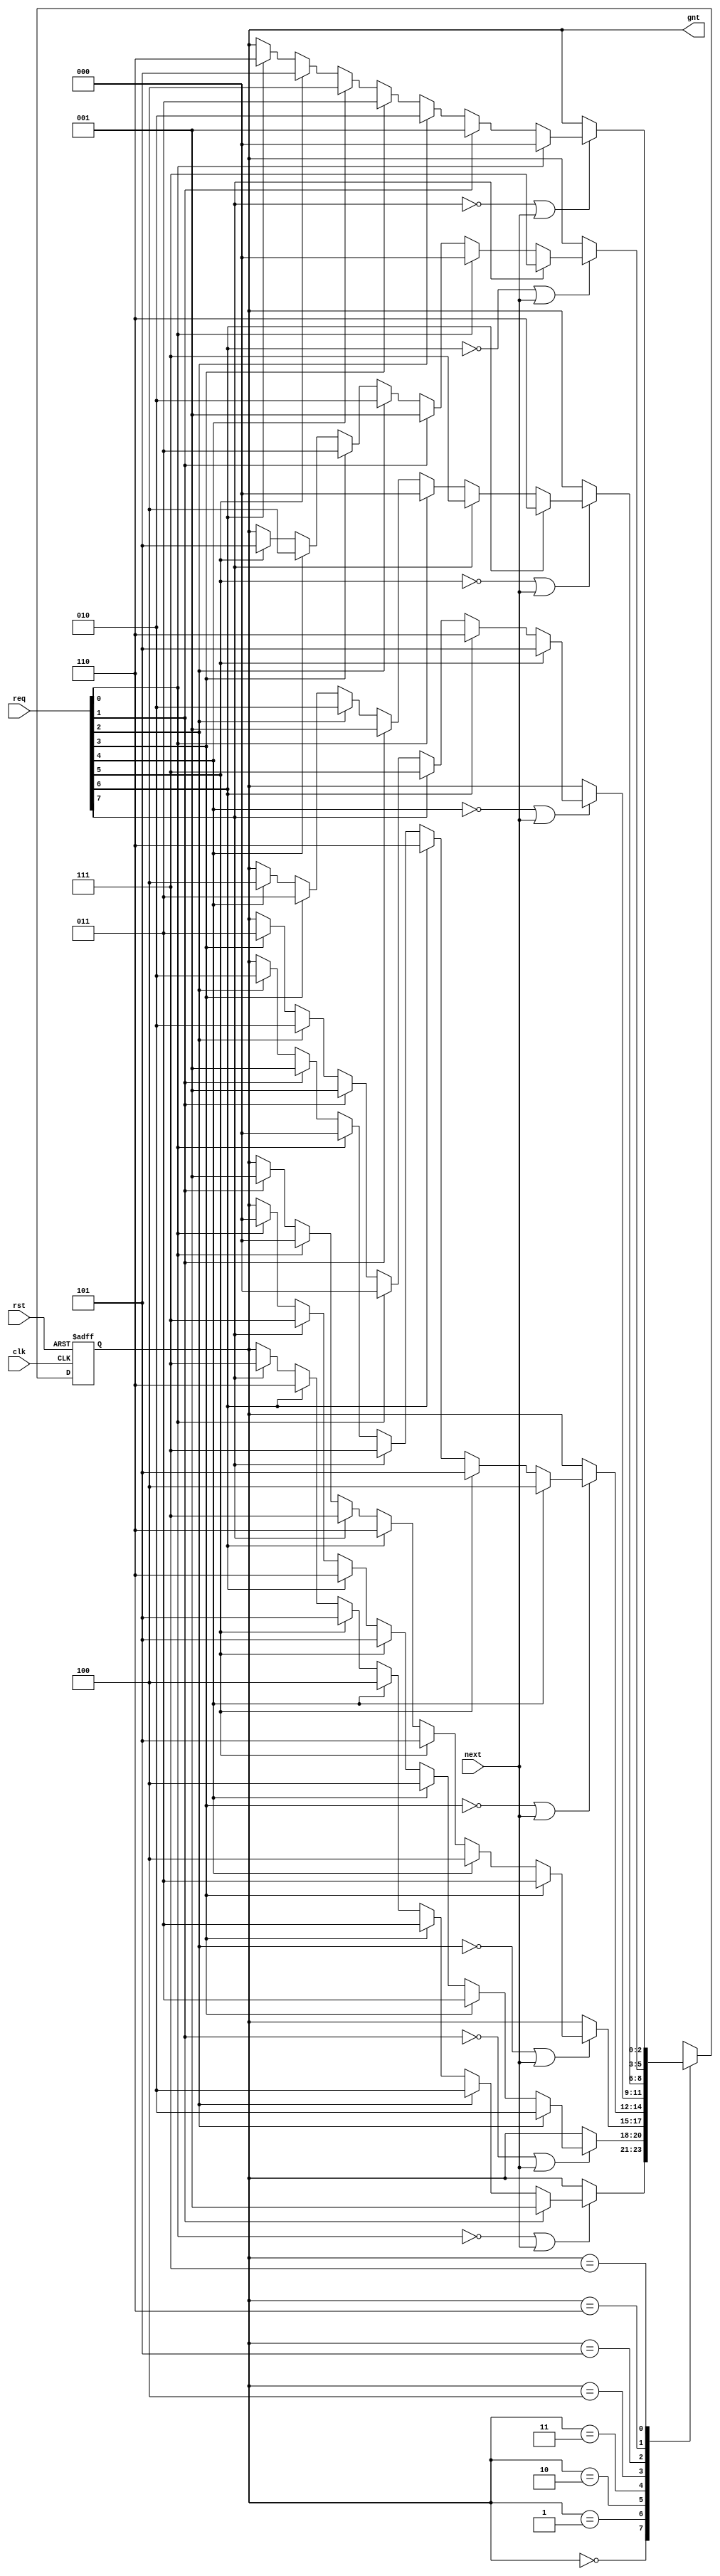
/////////////////////////////////////////////////////////////////////
////                                                             ////
////  General Round Robin Arbiter                                ////
////                                                             ////
////                                                             ////
////          rudi@asics.ws                                      ////
////                                                             ////
////                                                             ////
////  Downloaded from: http://www.opencores.org/cores/wb_conmax/ ////
////                                                             ////
/////////////////////////////////////////////////////////////////////
////                                                             ////
//// Copyright (C) 2000-2002 Rudolf Usselmann                    ////
////                         www.asics.ws                        ////
////                         rudi@asics.ws                       ////
////                                                             ////
//// This source file may be used and distributed without        ////
//// restriction provided that this copyright statement is not   ////
//// removed from the file and that any derivative work contains ////
//// the original copyright notice and the associated disclaimer.////
////                                                             ////
////     THIS SOFTWARE IS PROVIDED ``AS IS'' AND WITHOUT ANY     ////
//// EXPRESS OR IMPLIED WARRANTIES, INCLUDING, BUT NOT LIMITED   ////
//// TO, THE IMPLIED WARRANTIES OF MERCHANTABILITY AND FITNESS   ////
//// FOR A PARTICULAR PURPOSE. IN NO EVENT SHALL THE AUTHOR      ////
//// OR CONTRIBUTORS BE LIABLE FOR ANY DIRECT, INDIRECT,         ////
//// INCIDENTAL, SPECIAL, EXEMPLARY, OR CONSEQUENTIAL DAMAGES    ////
//// (INCLUDING, BUT NOT LIMITED TO, PROCUREMENT OF SUBSTITUTE   ////
//// GOODS OR SERVICES; LOSS OF USE, DATA, OR PROFITS; OR        ////
//// BUSINESS INTERRUPTION) HOWEVER CAUSED AND ON ANY THEORY OF  ////
//// LIABILITY, WHETHER IN  CONTRACT, STRICT LIABILITY, OR TORT  ////
//// (INCLUDING NEGLIGENCE OR OTHERWISE) ARISING IN ANY WAY OUT  ////
//// OF THE USE OF THIS SOFTWARE, EVEN IF ADVISED OF THE         ////
//// POSSIBILITY OF SUCH DAMAGE.                                 ////
////                                                             ////
/////////////////////////////////////////////////////////////////////

//  CVS Log
//
//  $Id: wb_conmax_arb.v,v 1.2 2002-10-03 05:40:07 rudi Exp $
//
//  $Date: 2002-10-03 05:40:07 $
//  $Revision: 1.2 $
//  $Author: rudi $
//  $Locker:  $
//  $State: Exp $
//
// Change History:
//               $Log: not supported by cvs2svn $
//               Revision 1.1.1.1  2001/10/19 11:01:40  rudi
//               WISHBONE CONMAX IP Core
//
//
//
//
//
//
//                        


module wb_conmax_arb(clk, rst, req, gnt, next);

input		clk;
input		rst;
input	[7:0]	req;		// Req input
output	[2:0]	gnt; 		// Grant output
input		next;		// Next Target

///////////////////////////////////////////////////////////////////////
//
// Parameters
//

parameter	[2:0]
                grant0 = 3'h0,
                grant1 = 3'h1,
                grant2 = 3'h2,
                grant3 = 3'h3,
                grant4 = 3'h4,
                grant5 = 3'h5,
                grant6 = 3'h6,
                grant7 = 3'h7;

///////////////////////////////////////////////////////////////////////
//
// Local Registers and Wires
//

reg [2:0]	state, next_state;

///////////////////////////////////////////////////////////////////////
//
//  Misc Logic 
//

assign	gnt = state;

always@(posedge clk or posedge rst)
	if(rst)		state <= #1 grant0;
	else		state <= #1 next_state;

///////////////////////////////////////////////////////////////////////
//
// Next State Logic
//   - implements round robin arbitration algorithm
//   - switches grant if current req is dropped or next is asserted
//   - parks at last grant
//

always@(state or req or next)
   begin
	next_state = state;	// Default Keep State
	case(state)		// synopsys parallel_case full_case
 	   grant0:
		// if this req is dropped or next is asserted, check for other req's
		if(!req[0] | next)
		   begin
			if(req[1])	next_state = grant1;
			else
			if(req[2])	next_state = grant2;
			else
			if(req[3])	next_state = grant3;
			else
			if(req[4])	next_state = grant4;
			else
			if(req[5])	next_state = grant5;
			else
			if(req[6])	next_state = grant6;
			else
			if(req[7])	next_state = grant7;
		   end
 	   grant1:
		// if this req is dropped or next is asserted, check for other req's
		if(!req[1] | next)
		   begin
			if(req[2])	next_state = grant2;
			else
			if(req[3])	next_state = grant3;
			else
			if(req[4])	next_state = grant4;
			else
			if(req[5])	next_state = grant5;
			else
			if(req[6])	next_state = grant6;
			else
			if(req[7])	next_state = grant7;
			else
			if(req[0])	next_state = grant0;
		   end
 	   grant2:
		// if this req is dropped or next is asserted, check for other req's
		if(!req[2] | next)
		   begin
			if(req[3])	next_state = grant3;
			else
			if(req[4])	next_state = grant4;
			else
			if(req[5])	next_state = grant5;
			else
			if(req[6])	next_state = grant6;
			else
			if(req[7])	next_state = grant7;
			else
			if(req[0])	next_state = grant0;
			else
			if(req[1])	next_state = grant1;
		   end
 	   grant3:
		// if this req is dropped or next is asserted, check for other req's
		if(!req[3] | next)
		   begin
			if(req[4])	next_state = grant4;
			else
			if(req[5])	next_state = grant5;
			else
			if(req[6])	next_state = grant6;
			else
			if(req[7])	next_state = grant7;
			else
			if(req[0])	next_state = grant0;
			else
			if(req[1])	next_state = grant1;
			else
			if(req[2])	next_state = grant2;
		   end
 	   grant4:
		// if this req is dropped or next is asserted, check for other req's
		if(!req[4] | next)
		   begin
			if(req[5])	next_state = grant5;
			else
			if(req[6])	next_state = grant6;
			else
			if(req[7])	next_state = grant7;
			else
			if(req[0])	next_state = grant0;
			else
			if(req[1])	next_state = grant1;
			else
			if(req[2])	next_state = grant2;
			else
			if(req[3])	next_state = grant3;
		   end
 	   grant5:
		// if this req is dropped or next is asserted, check for other req's
		if(!req[5] | next)
		   begin
			if(req[6])	next_state = grant6;
			else
			if(req[7])	next_state = grant7;
			else
			if(req[0])	next_state = grant0;
			else
			if(req[1])	next_state = grant1;
			else
			if(req[2])	next_state = grant2;
			else
			if(req[3])	next_state = grant3;
			else
			if(req[4])	next_state = grant4;
		   end
 	   grant6:
		// if this req is dropped or next is asserted, check for other req's
		if(!req[6] | next)
		   begin
			if(req[7])	next_state = grant7;
			else
			if(req[0])	next_state = grant0;
			else
			if(req[1])	next_state = grant1;
			else
			if(req[2])	next_state = grant2;
			else
			if(req[3])	next_state = grant3;
			else
			if(req[4])	next_state = grant4;
			else
			if(req[5])	next_state = grant5;
		   end
 	   grant7:
		// if this req is dropped or next is asserted, check for other req's
		if(!req[7] | next)
		   begin
			if(req[0])	next_state = grant0;
			else
			if(req[1])	next_state = grant1;
			else
			if(req[2])	next_state = grant2;
			else
			if(req[3])	next_state = grant3;
			else
			if(req[4])	next_state = grant4;
			else
			if(req[5])	next_state = grant5;
			else
			if(req[6])	next_state = grant6;
		   end
	endcase
   end

endmodule